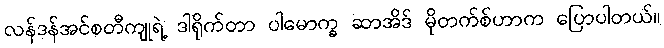
လန်ဒန်အင်စတီကျုရဲ့ ဒါရိုက်တာ ပါမောက္ခ ဆာအိဒ် မိုတက်စ်ဟာက ပြောပါတယ်။